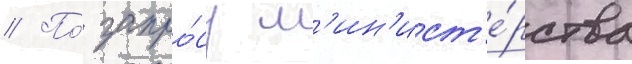
// По́ запро́су м'ин'ист'е́рства